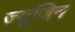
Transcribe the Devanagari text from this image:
ज्यूजिन